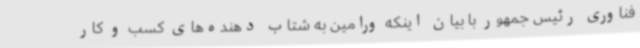
فناوری رئیس جمهور با بیان اینکه ورامین به شتاب دهنده‌های کسب و کار